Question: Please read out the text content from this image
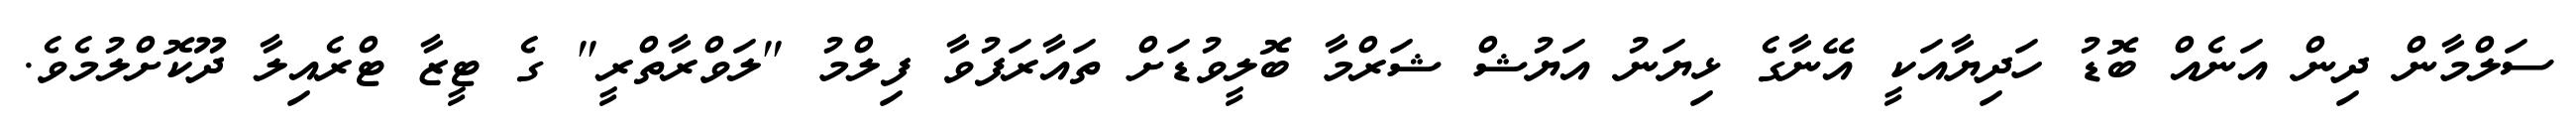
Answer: ސަލްމާން ދިން އަނެއް ބޮޑު ހަދިޔާއަކީ އޭނާގެ ޅިޔަނު އަޔުޝް ޝަރްމާ ބޮލީވުޑަށް ތައާރަފުވާ ފިލްމު "ލަވްރާތްރީ" ގެ ޓީޒާ ޓްރެއިލާ ދޫކޮށްލުމެވެ.